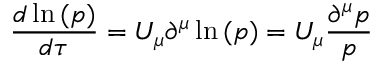
\frac { d { \, \ln { ( p ) } } } { d \tau } = U _ { \mu } \partial ^ { \mu } \ln { ( p ) } = U _ { \mu } \frac { \partial ^ { \mu } p } { p }